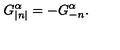
G _ { \left| n \right| } ^ { \alpha } = - G _ { - n } ^ { \alpha } .